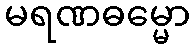
မရဏဓမ္မော